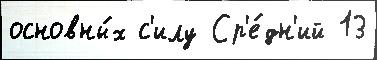
основны́х с'илу Ср'е́дн'ий 13